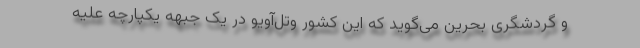
و گردشگری بحرین می‌گوید که این کشور وتل‌آویو در یک جبهه یکپارچه علیه